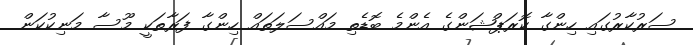
ސަރުކާރުގައި ހިންގާ ކޮރަޕްޝަންގެ އެންމެ ބޮޑެތި މައްސަލަތައް ހިންގާ ފަރާތަކީ މޫސާ މަނިކުކަން